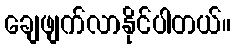
ချေဖျက်လာနိုင်ပါတယ်။